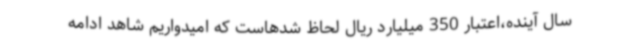
سال آینده،اعتبار 350 میلیارد ریال لحاظ شدهاست که امیدواریم شاهد ادامه